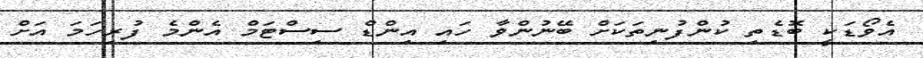
އެވޯޑަކީ ބޮޑެތި ކުންފުނިތަކަށް ބޭނުންވާ ހައި އިންޑް ސިސްޓަމް އެންމެ ފުރިހަމަ އަށް